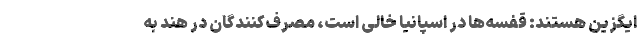
ایگزین هستند: قفسه‌ها در اسپانیا خالی است، مصرف‌کنندگان در هند به